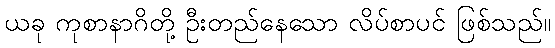
ယခု ကုစာနာဂိတို့ ဦးတည်နေသော လိပ်စာပင် ဖြစ်သည်။